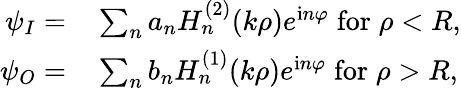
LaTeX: \begin{array}{rl}{\psi_{I}=}&{{}\sum_{n}a_{n}H_{n}^{(2)}(k\rho)e^{\mathrm{i}n\varphi}\; \mathrm{for}\; \rho<R,}\\ {\psi_{O}=}&{{}\sum_{n}b_{n}H_{n}^{(1)}(k\rho)e^{\mathrm{i}n\varphi}\; \mathrm{for}\; \rho>R,}\end{array}